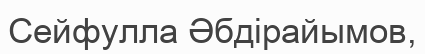
Сейфулла Әбдірайымов,